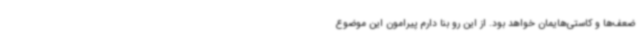
ضعف‌ها و کاستی‌هایمان خواهد بود. از این رو بنا دارم پیرامون این موضوع